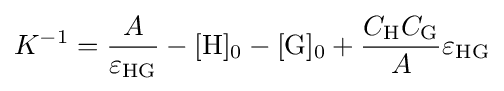
K^{-1}={\frac {A}{\varepsilon _{\mathrm {HG} }}}-[{\ce {H}}]_{0}-[{\ce {G}}]_{0}+{\frac {C_{\mathrm {H} }C_{\mathrm {G} }}{A}}\varepsilon _{\mathrm {HG} }